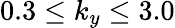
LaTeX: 0.3\le k_{y}\le 3.0